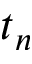
t _ { n }